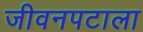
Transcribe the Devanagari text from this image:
जीवनपटाला